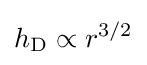
h_{\text{D}}\propto r^{3/2}